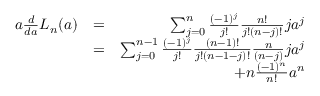
\begin{array} { r l r } { a \frac { d } { d a } L _ { n } ( a ) } & { = } & { \sum _ { j = 0 } ^ { n } \frac { ( - 1 ) ^ { j } } { j ! } \frac { n ! } { j ! ( n - j ) ! } j a ^ { j } } \\ & { = } & { \sum _ { j = 0 } ^ { n - 1 } \frac { ( - 1 ) ^ { j } } { j ! } \frac { ( n - 1 ) ! } { j ! ( n - 1 - j ) ! } \frac { n } { ( n - j ) } j a ^ { j } } \\ & { } & { + n \frac { ( - 1 ) ^ { n } } { n ! } a ^ { n } } \end{array}